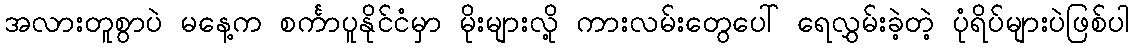
အလားတူစွာပဲ မနေ့က စင်္ကာပူနိုင်ငံမှာ မိုးများလို့ ကားလမ်းတွေပေါ် ရေလွှမ်းခဲ့တဲ့ ပုံရိပ်များပဲဖြစ်ပါ